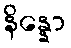
နိန္နော